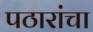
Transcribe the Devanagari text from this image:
पठारांचा